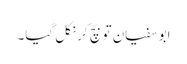
ابو سفیان تو بچ کر نکل گیا۔